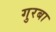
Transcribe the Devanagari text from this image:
गुरबा